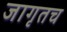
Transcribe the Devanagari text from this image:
जागृतच